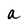
Character: a